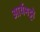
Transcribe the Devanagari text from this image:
आर्यभट्टो